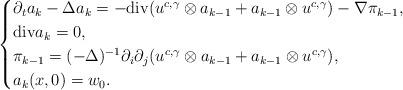
LaTeX: \begin{align*}\begin{cases}\partial_{t}a_{k}-\Delta a_{k}=-\mathrm{div}(u^{c,\gamma}\otimes a_{k-1}+a_{k-1}\otimes u^{c,\gamma})-\nabla\pi_{k-1},\\\mathrm{div}a_{k}=0,\\\pi_{k-1}=(-\Delta)^{-1}\partial_{i}\partial_{j}(u^{c,\gamma}\otimes a_{k-1}+a_{k-1}\otimes u^{c,\gamma}),\\a_{k}(x,0)=w_{0}.\end{cases}\end{align*}